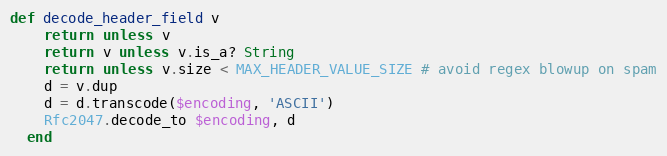
Language: Ruby
def decode_header_field v
    return unless v
    return v unless v.is_a? String
    return unless v.size < MAX_HEADER_VALUE_SIZE # avoid regex blowup on spam
    d = v.dup
    d = d.transcode($encoding, 'ASCII')
    Rfc2047.decode_to $encoding, d
  end